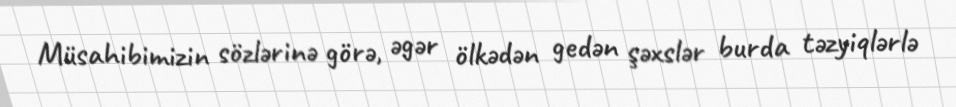
Müsahibimizin sözlərinə görə, əgər ölkədən gedən şəxslər burda təzyiqlərlə